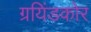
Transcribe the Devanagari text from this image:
ग्रयिंडकोर